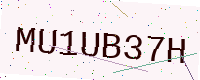
Text: MU1UB37H